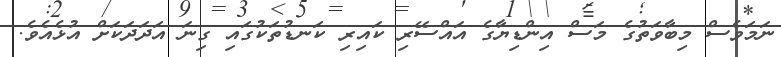
ނަމަވެސް މިބާވަތުގެ މަސް އިންޑިޔާގެ އައްސޭރި ކައިރި ކަނޑުތަކުގައި ގިނަ އަދަދަކަށް އުޅެއެވެ.